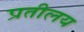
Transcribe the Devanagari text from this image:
प्रतीलय